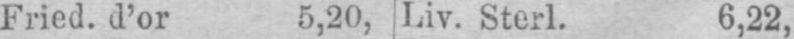
Fried. d’or 5,20, Liv. Sterl. 6,22,